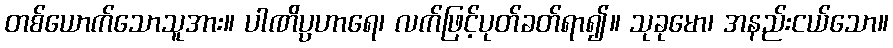
တစ်ယောက်သောသူအား။ ပါဏိပ္ပဟာရေ၊ လက်ဖြင့်ပုတ်ခတ်ရာ၍။ သုခုမော၊ အနည်းငယ်သော။